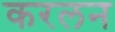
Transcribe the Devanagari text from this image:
करलन